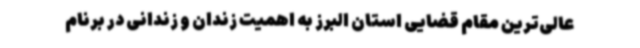
عالی‌ترین مقام قضایی استان البرز به اهمیت زندان و زندانی در برنام